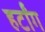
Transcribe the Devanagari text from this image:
हर्टांग